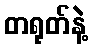
တရုတ်နဲ့